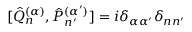
[ { \hat { Q } } _ { n } ^ { ( \alpha ) } , { \hat { P } } _ { n ^ { \prime } } ^ { ( \alpha ^ { \prime } ) } ] = i \delta _ { \alpha \alpha ^ { \prime } } \delta _ { n n ^ { \prime } }